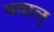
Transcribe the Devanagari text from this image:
भवाल्